Leaving Certificate Examination (including Day School Certificate (Higher) General paper), 1936
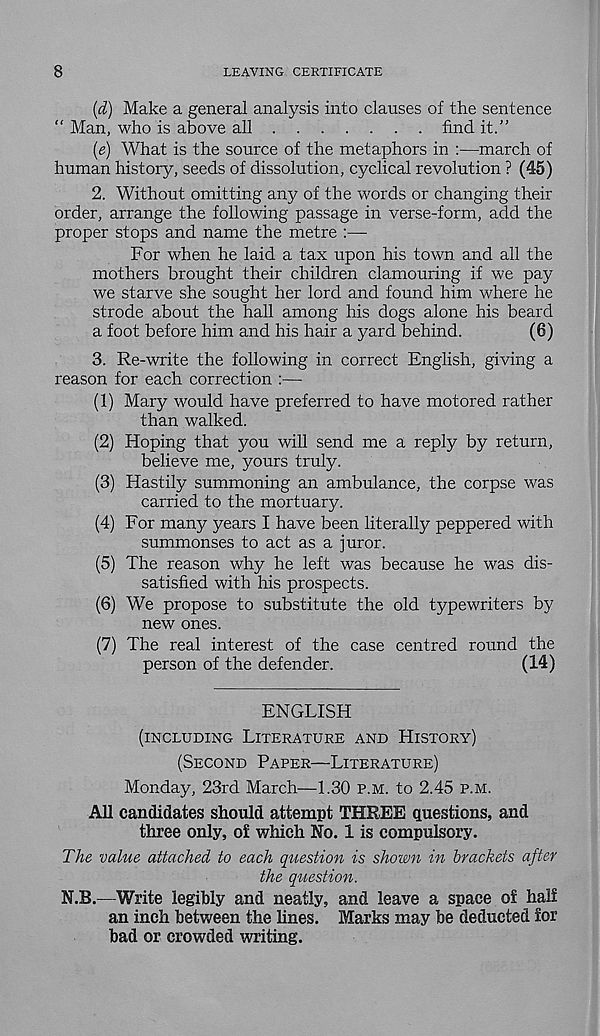
8
LEAVING CERTIFICATE
(d) Make a general analysis into clauses of the sentence
“ Man, who is above all
find it.”
{e) What is the source of the metaphors in :—march of
human histoiy, seeds of dissolution, cyclical revolution ? (45)
2. Without omitting any of the words or changing their
order, arrange the following passage in verse-form, add the
proper stops and name the metre :—
For when he laid a tax upon his town, and all the
mothers brought their children clamouring if we pay
we starve she sought her lord and found him where he
strode about the hall among his dogs alone his beard
a foot before him and his hair a yard behind.
(6)
3. Re-write the following in correct English, giving a
reason for each correction :—
(1) Mary would have preferred to have motored rather
than walked.
(2) Hoping that you will send me a reply by return,
believe me, yours truly.
(3) Hastily summoning an ambulance, the corpse was
carried to the mortuary.
(4) For many years I have been literally peppered with
summonses to act as a juror.
(5) The reason why he left was because he was dis-
satisfied with his prospects.
(6) We propose to substitute the old typewriters by
new ones.
(7) The real interest of the case centred round the
person of the defender.
(14)
ENGLISH
(INCLUDING LITERATURE AND HISTORY)
(SECOND PAPER—LITERATURE)
Monday, 23rd March—1.30 P.M. to 2.45 P.M.
All candidates should attempt THREE questions, and
three only, o£ which No. 1 is compulsory.
The value attached to each question is shown in brackets after
the question.
N.B.—Write legibly and neatly, and leave a space of half
an inch between the lines. Marks may be deducted for
bad or crowded writing.